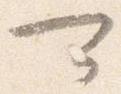
可